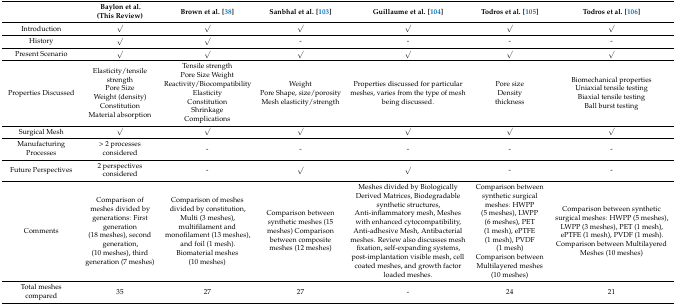
<table><thead><tr><td></td><td><b>Baylon et al. (This Review)</b></td><td><b>Brown et al. [38]</b></td><td><b>Sanbhal et al. [103]</b></td><td><b>Guillaume et al. [104]</b></td><td><b>Todros et al. [105]</b></td><td><b>Todros et al. [106]</b></td></tr></thead><tbody><tr><td>Introduction</td><td>√</td><td>√</td><td>√</td><td>√</td><td>√</td><td>√</td></tr><tr><td>History</td><td>√</td><td>√</td><td>-</td><td>-</td><td>-</td><td>-</td></tr><tr><td>Present Scenario</td><td>√</td><td>√</td><td>√</td><td>√</td><td>√</td><td>√</td></tr><tr><td>Properties Discussed</td><td>Elasticity/tensile strength Pore Size Weight (density) Constitution Material absorption</td><td>Tensile strength Pore Size Weight Reactivity/Biocompatibility Elasticity Constitution Shrinkage Complications</td><td>Weight Pore Shape, size/porosity Mesh elasticity/strength</td><td>Properties discussed for particular meshes, varies from the type of mesh being discussed.</td><td>Pore size Density thickness</td><td>Biomechanical properties Uniaxial tensile testing Biaxial tensile testing Ball burst testing</td></tr><tr><td>Surgical Mesh</td><td>√</td><td>√</td><td>√</td><td>√</td><td>√</td><td>√</td></tr><tr><td>Manufacturing Processes</td><td>&gt; 2 processes considered</td><td>-</td><td>-</td><td>-</td><td>-</td><td>-</td></tr><tr><td>Future Perspectives</td><td>2 perspectives considered</td><td>-</td><td>√</td><td>√</td><td>-</td><td>-</td></tr><tr><td>Comments</td><td>Comparison of meshes divided by generations: First generation (18 meshes), second generation, (10 meshes), third generation (7 meshes)</td><td>Comparison of meshes divided by constitution, Multi (3 meshes), multifilament and monofilament (13 meshes), and foil (1 mesh). Biomaterial meshes (10 meshes)</td><td>Comparison between synthetic meshes (15 meshes) Comparison between composite meshes (12 meshes)</td><td>Meshes divided by Biologically Derived Matrices, Biodegradable synthetic structures, Anti-inflammatory mesh, Meshes with enhanced cytocompatibility, Anti-adhesive Mesh, Antibacterial meshes. Review also discusses mesh fixation, self-expanding systems, post-implantation visible mesh, cell coated meshes, and growth factor loaded meshes.</td><td>Comparison between synthetic surgical meshes: HWPP (5 meshes), LWPP (6 meshes), PET (1mesh), ePTFE (1 mesh), PVDF (1 mesh) Comparison between Multilayered meshes (10 meshes)</td><td>Comparison between synthetic surgical meshes: HWPP (5 meshes), LWPP (3 meshes), PET (1 mesh), ePTFE (1 mesh), PVDF (1 mesh). Comparison between Multilayered Meshes (10 meshes)</td></tr><tr><td>Total meshes compared</td><td>35</td><td>27</td><td>27</td><td>-</td><td>24</td><td>21</td></tr></tbody></table>